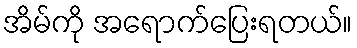
အိမ်ကို အရောက်ပြေးရတယ်။